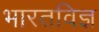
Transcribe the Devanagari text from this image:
भारतविज्ञ